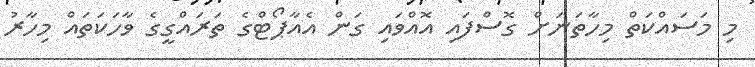
މި މަސައްކަތް މިހާތަނަށް ގޮސްފައި އޮއްވައި ގަން އެއާޕޯޓްގެ ތަރައްގީގެ ވާހަކަތައް މިހާރު